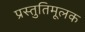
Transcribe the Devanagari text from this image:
प्रस्तुतिमूलक